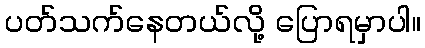
ပတ်သက်နေတယ်လို့ ပြောရမှာပါ။